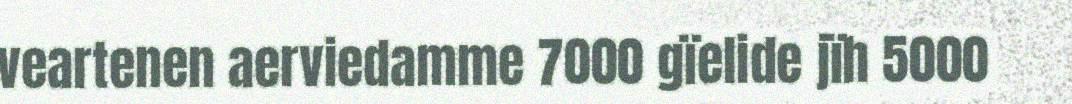
veartenen aerviedamme 7000 gïelide jïh 5000